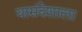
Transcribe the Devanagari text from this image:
यासंदेशाला